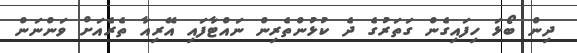
ދިން ބޯޅަ ހިފައިގެން ގަތަރުގެ ދެ ކުޅުންތެރިން ނައްޓާފައި އޭރިއާ ތެރެއަށް ވަންނަން